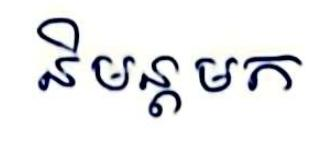
និមន្ដមក